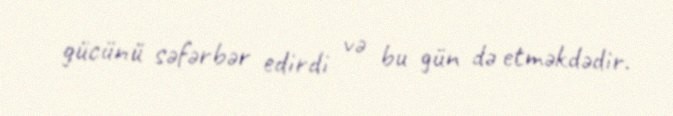
gücünü səfərbər edirdi və bu gün də etməkdədir.